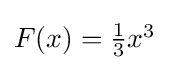
{\textstyle F(x)={\frac {1}{3}}x^{3}}